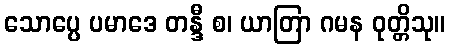
သောပ္ပေ ပမာဒေ တန္ဒီ စ၊ ယာတြာ ဂမန ဝုတ္တိသု။